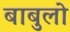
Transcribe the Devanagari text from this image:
बाबुलो